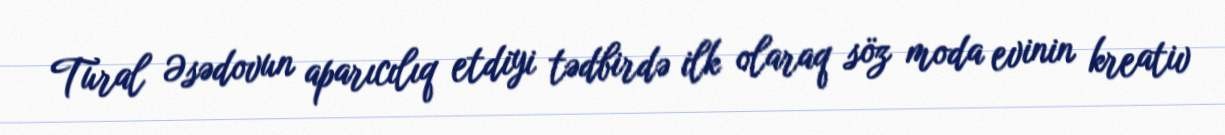
Tural Əsədovun aparıcılıq etdiyi tədbirdə ilk olaraq söz moda evinin kreativ